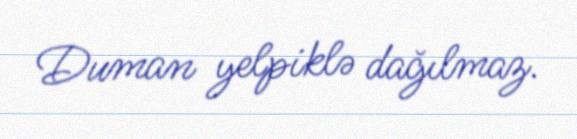
Duman yelpiklə dağılmaz.